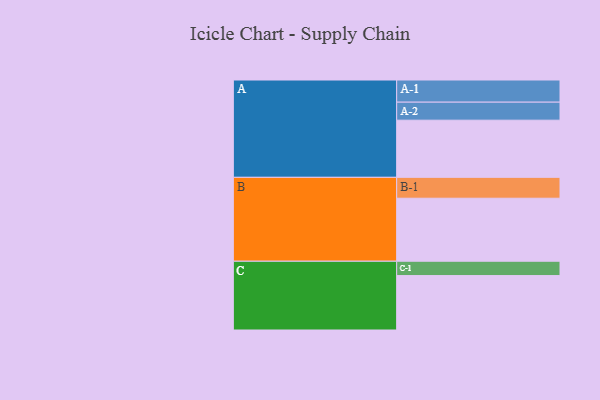
{"axis": {"x": "Segment", "y": "Value"}, "legend": ["", "A", "B", "C"], "data": [{"x": "A", "y": 498, "type": ""}, {"x": "B", "y": 549, "type": ""}, {"x": "C", "y": 474, "type": ""}, {"x": "A-1", "y": 193, "type": "A"}, {"x": "A-2", "y": 157, "type": "A"}, {"x": "B-1", "y": 182, "type": "B"}, {"x": "C-1", "y": 125, "type": "C"}]}